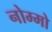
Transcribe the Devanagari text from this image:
नोम्मो